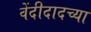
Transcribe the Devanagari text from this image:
वेंदीदादच्या